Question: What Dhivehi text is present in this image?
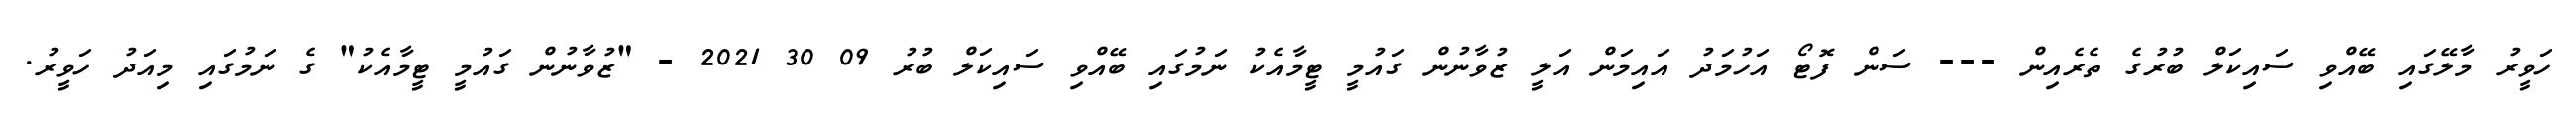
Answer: ހަވީރު މާލޭގައި ބޭއްވި ސައިކަލް ބުރުގެ ތެރެއިން --- ސަން ފޮޓޯ އަހުމަދު އައިމަން އަލީ ޒުވާނުން ގައުމީ ޓީމާއެކު ނަމުގައި ބޭއްވި ސައިކަލް ބުރު 09 30 2021 - "ޒުވާނުން ގައުމީ ޓީމާއެކު" ގެ ނަމުގައި މިއަދު ހަވީރު.